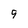
Character: 9